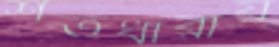
শতধারায়